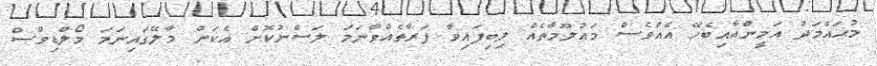
މުޙައްމަދު އަމީންއާއިބެހޭ އެއްވެސް މަޢުލޫމާތެއް ލިބިފައިވާ ފަރާތެއްވާނަމަ ލަސްނުކޮށް އެކަން މާލޭގައިނަމަ މޯލްޑިވްސް